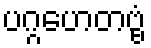
ပဂ္ဂဟေတဗ္ဗံ